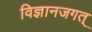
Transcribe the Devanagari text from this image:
विज्ञानजगत्‌